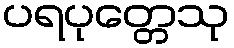
ပရပုတ္တေသု